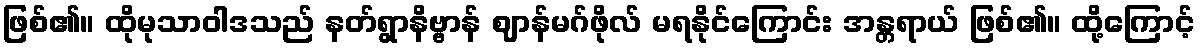
ဖြစ်၏။ ထိုမုသာဝါဒသည် နတ်ရွာနိဗ္ဗာန် ဈာန်မဂ်ဖိုလ် မရနိုင်ကြောင်း အန္တရာယ် ဖြစ်၏။ ထို့ကြောင့်